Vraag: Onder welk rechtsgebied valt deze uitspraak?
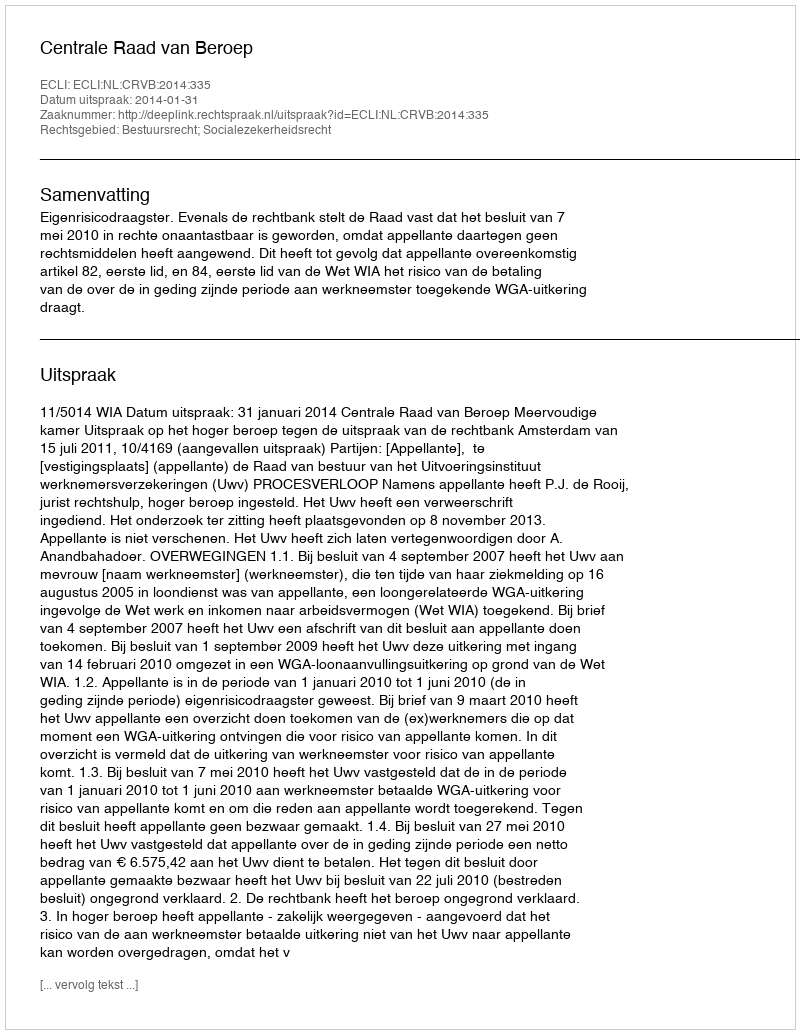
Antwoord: Bestuursrecht; Socialezekerheidsrecht